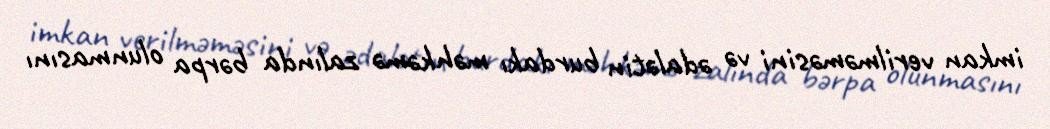
imkan verilməməsini və ədalətin burdakı məhkəmə zalında bərpa olunmasını